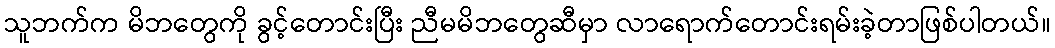
သူဘက်က မိဘတွေကို ခွင့်တောင်းပြီး ညီမမိဘတွေဆီမှာ လာရောက်တောင်းရမ်းခဲ့တာဖြစ်ပါတယ်။